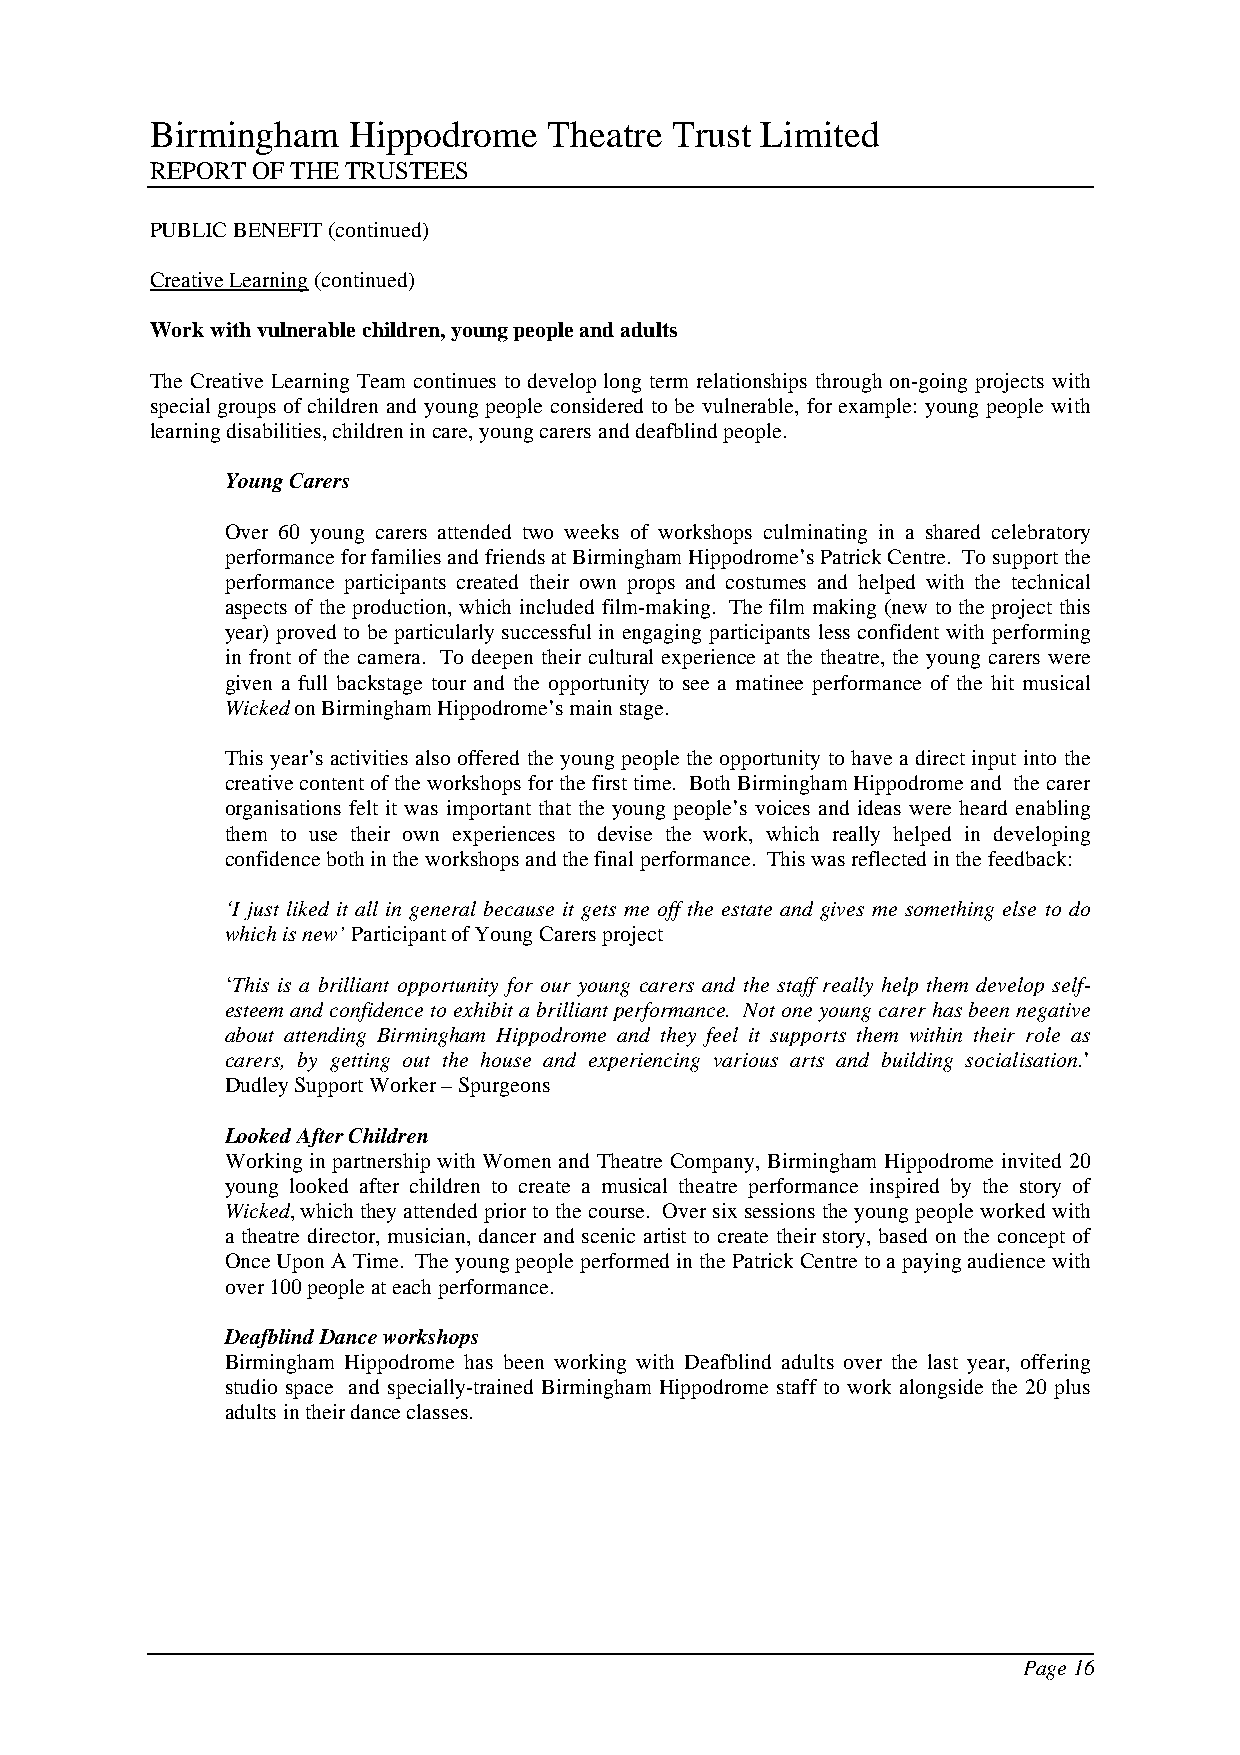
Birmingham   Hippodrome   Theatre Trust Limited
 REPORT OF THE TRUSTEES
 PUBLIC BENEFIT (continued)
 Creative Learning (continued)
 Work with vulnerable children, young people and adults
 The Creative Learning Team continues to develop long term relationships through on-going projects with
 special groups of children and young people considered to be vulnerable, for example: young people with
 learning disabilities, children in care, young carers and deafblind people.
 Young Carers
 Over 60 young carers attended two weeks of workshops culminating in a shared celebratory
 performance for families and friends at Birmingham Hippodrome’s Patrick Centre. To support the
 performance participants created their own props and costumes and helped with the technical
 aspects of the production, which included film-making. The film making (new to the project this
 year) proved to be particularly successful in engaging participants less confident with performing
 in front of the camera. To deepen their cultural experience at the theatre, the young carers were
 given a full backstage tour and the opportunity to see a matinee performance of the hit musical
 Wicked on Birmingham Hippodrome’s main stage.
 This year’s activities also offered the young people the opportunity to have a direct input into the
 creative content of the workshops for the first time. Both Birmingham Hippodrome and the carer
 organisations felt it was important that the young people’s voices and ideas were heard enabling
 them to use their own experiences to devise the work, which really helped in developing
 confidence both in the workshops and the final performance. This was reflected in the feedback:
 ‘I just liked it all in general because it gets me off the estate and gives me something else to do
 which is new’ Participant of Young Carers project
 ‘This is a brilliant opportunity for our young carers and the staff really help them develop self-
 esteem and confidence to exhibit a brilliant performance. Not one young carer has been negative
 about attending Birmingham Hippodrome and they feel it supports them within their role as
 carers, by getting out the house and experiencing various arts and building socialisation.’
 Dudley Support Worker – Spurgeons
 Looked After Children
 Working in partnership with Women and Theatre Company, Birmingham Hippodrome invited 20
 young looked after children to create a musical theatre performance inspired by the story of
 Wicked, which they attended prior to the course. Over six sessions the young people worked with
 a theatre director, musician, dancer and scenic artist to create their story, based on the concept of
 Once Upon A Time. The young people performed in the Patrick Centre to a paying audience with
 over 100 people at each performance.
 Deafblind Dance workshops
 Birmingham Hippodrome has been working with Deafblind adults over the last year, offering
 studio space and specially-trained Birmingham Hippodrome staff to work alongside the 20 plus
 adults in their dance classes.
 Page 16